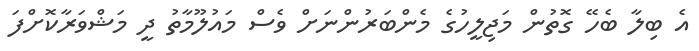
އެ ބިލާ ބެހޭ ގޮތުން މަޖިލީހުގެ މެންބަރުންނަށް ވެސް މައުލޫމާތު ދީ މަޝްވަރާކޮށްފަ